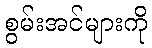
စွမ်းအင်များကို